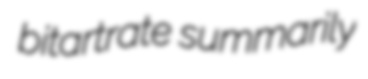
bitartrate summarily